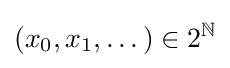
(x_{0},x_{1},\dots )\in 2^{\mathbb {N} }